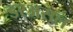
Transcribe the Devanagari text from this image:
डरअसल